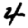
Digit: 4